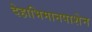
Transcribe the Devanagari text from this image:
देहाभिमानपाशेन